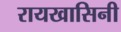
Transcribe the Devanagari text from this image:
रायखासिनी